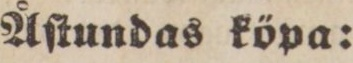
Åſtundas köpa: